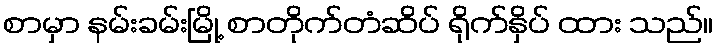
စာမှာ နမ်းခမ်းမြို့ စာတိုက်တံဆိပ် ရိုက်နှိပ် ထား သည်။